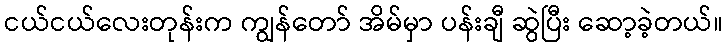
ငယ်ငယ်လေးတုန်းက ကျွန်တော် အိမ်မှာ ပန်းချီ ဆွဲပြီး ဆော့ခဲ့တယ်။